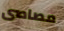
مصاصى